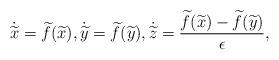
LaTeX: \begin{align*} \dot{ \widetilde{x} } = \widetilde{f} ( \widetilde{x}) , \dot{ \widetilde{y} } = \widetilde{f} ( \widetilde{y} ) , \dot{ \widetilde{z} } = \frac{ \widetilde{f} ( \widetilde{x} ) - \widetilde{f} ( \widetilde{y} ) }{ \epsilon } , \end{align*}